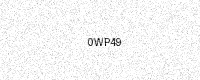
Text: 0WP49